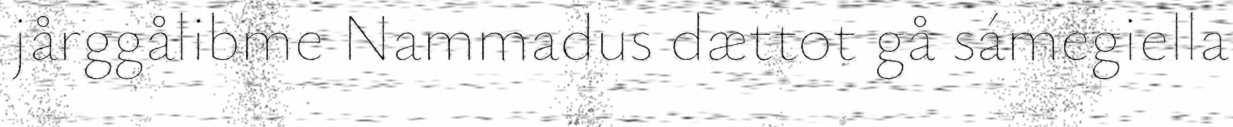
jårggålibme Nammadus dættot gå sámegiella